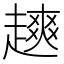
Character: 𫎿